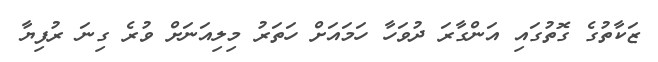
ޒަކާތުގެ ގޮތުގައި އަންގާރަ ދުވަހާ ހަމައަށް ހަތަރު މިލިއަނަށް ވުރެ ގިނަ ރުފިޔާ